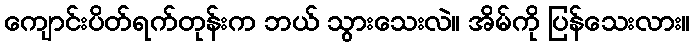
ကျောင်းပိတ်ရက်တုန်းက ဘယ် သွားသေးလဲ။ အိမ်ကို ပြန်သေးလား။